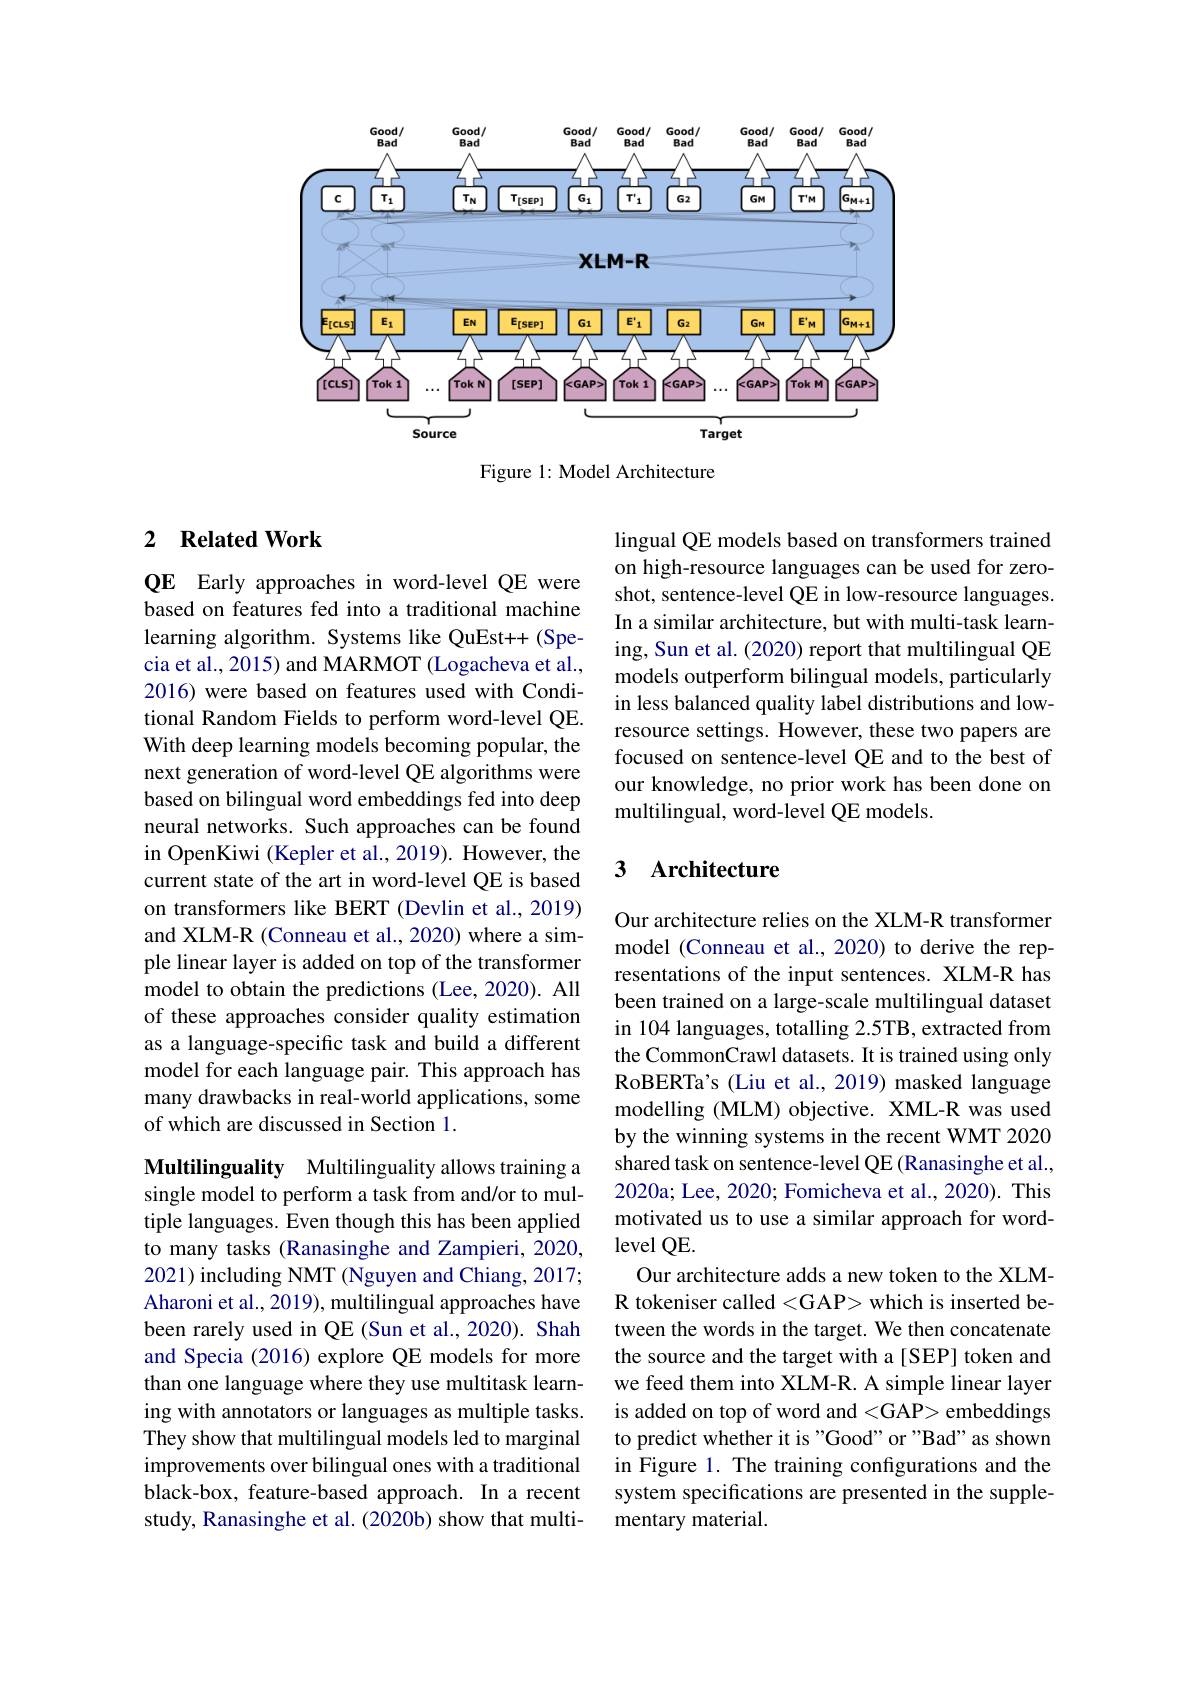
<FigureHere>

Figure 1: Model Architecture

### 2 $\textbf{Related Work}$

QE Early approaches in word-level QE were based on features fed into a traditional machine learning algorithm. Systems like QuEst++ (Specia et al., 2015) and MARMOT (Logacheva et al., 2016) were based on features used with Conditional Random Fields to perform word-level QE. With deep learning models becoming popular, the next generation of word-level QE algorithms were based on bilingual word embeddings fed into deep neural networks. Such approaches can be found in OpenKiwi (Kepler et al., 2019). However, the current state of the art in word-level QE is based on transformers like BERT (Devlin et al., 2019) and XLM-R (Conneau et al., 2020) where a simple linear layer is added on top of the transformer model to obtain the predictions (Lee, 2020). All of these approaches consider quality estimation as a language-specific task and build a different model for each language pair. This approach has many drawbacks in real-world applications, some of which are discussed in Section 1.

Multilinguality Multilinguality allows training a single model to perform a task from and/or to multiple languages. Even though this has been applied to many tasks (Ranasinghe and Zampieri, 2020, 2021) including NMT (Nguyen and Chiang, 2017; Aharoni et al., 2019), multilingual approaches have been rarely used in QE (Sun et al.,2020). Shah and Specia (2016) explore QE models for more than one language where they use multitask learning with annotators or languages as multiple tasks. They show that multilingual models led to marginal improvements over bilingual ones with a traditional black-box, feature-based approach. In a recent study, Ranasinghe et al. (2020b) show that multi-

lingual QE models based on transformers trained on high-resource languages can be used for zeroshot, sentence-level QE in low-resource languages. In a similar architecture, but with multi-task learning, Sun et al. (2020) report that multilingual QE models outperform bilingual models, particularly in less balanced quality label distributions and lowresource settings. However, these two papers are focused on sentence-level QE and to the best of our knowledge, no prior work has been done on multilingual, word-level QE models.

### 3 $\textbf{Architecture}$

Our architecture relies on the XLM-R transformer model (Conneau et al., 2020) to derive the representations of the input sentences. XLM-R has been trained on a large-scale multilingual dataset in 104 languages, totalling 2.5TB, extracted from the CommonCrawl datasets. It is trained using only RoBERTa's (Liu et al., 2019) masked language modelling (MLM) objective. XML-R was used by the winning systems in the recent WMT 2020 shared task on sentence-level QE (Ranasinghe et al., 2020a; Lee, 2020; Fomicheva et al., 2020). This motivated us to use a similar approach for wordlevel QE.
Our architecture adds a new token to the XLMR tokeniser called <GAP> which is inserted between the words in the target. We then concatenate the source and the target with a [SEP] token and we feed them into XLM-R. A simple linear layer is added on top of word and <GAP> embeddings to predict whether it is "Good" or "Bad" as shown in Figure 1. The training configurations and the system specifications are presented in the supplementary material.